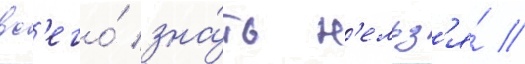
вс'его́ зна́ть н'ельз'я́ //